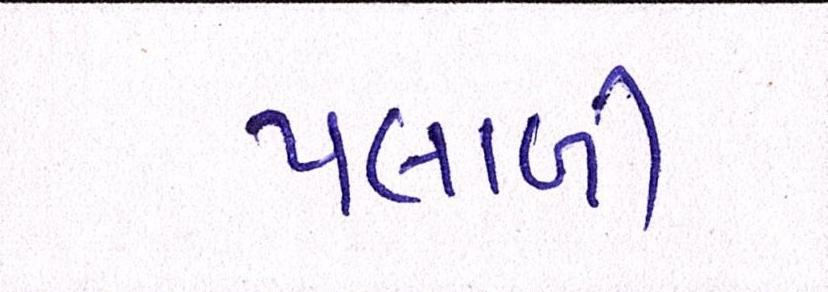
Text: પલાળી